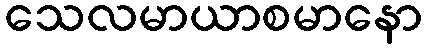
သေလမာယာစမာနော